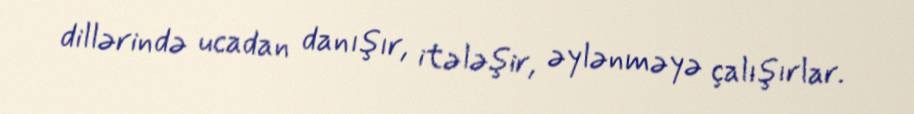
dillərində ucadan danışır, itələşir, əylənməyə çalışırlar.